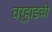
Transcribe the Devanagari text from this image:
वर्‍हाडची